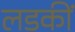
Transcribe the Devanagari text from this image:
लडकीं